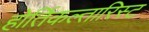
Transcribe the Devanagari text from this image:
होर्तिकल्तारिस्ट